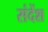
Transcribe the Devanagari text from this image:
संदेंश